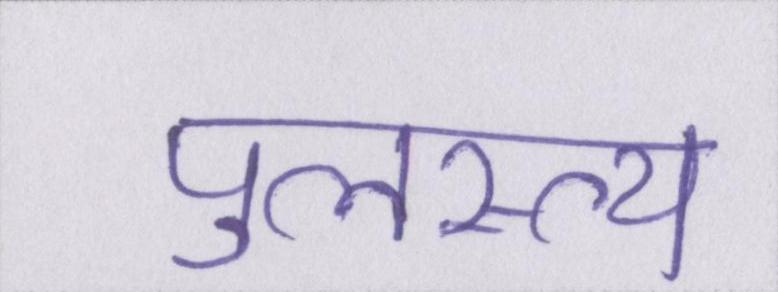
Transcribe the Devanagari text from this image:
पुलस्त्य